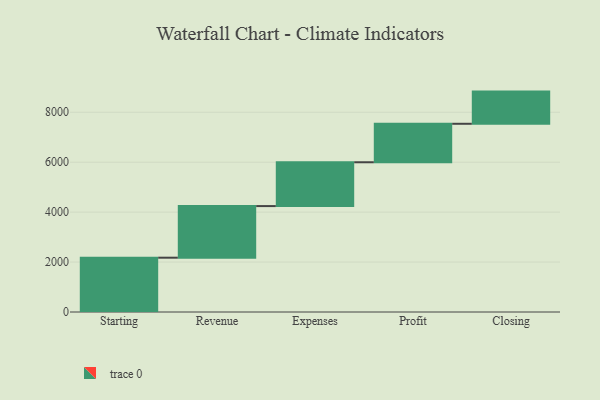
{"axis": {"x": "Step", "y": "Value"}, "legend": [""], "data": [{"x": "Starting", "y": 2175.0, "type": ""}, {"x": "Revenue", "y": 2067.0, "type": ""}, {"x": "Expenses", "y": 1755.0, "type": ""}, {"x": "Profit", "y": 1541.0, "type": ""}, {"x": "Closing", "y": 1289.0, "type": ""}]}